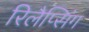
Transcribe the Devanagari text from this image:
रिलैप्सिंग